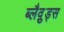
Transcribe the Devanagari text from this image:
ब्लैव़ुड्स